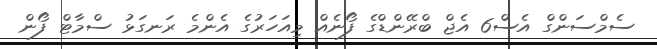
ސެމްސަންގް އެސް6 އެޖް ބްރޭންޑްގެ ފޯނެއް މިއަހަރުގެ އެންމެ ރަނގަޅު ސްމާޓް ފޯން